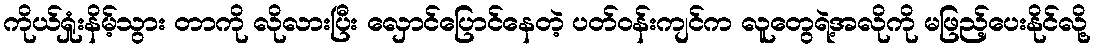
ကိုယ်ရှုံးနိမ့်သွား တာကို လိုလားပြီး လှောင်ပြောင်နေတဲ့ ပတ်ဝန်းကျင်က လူတွေရဲ့အလိုကို မဖြည့်ပေးနိုင်လို့